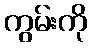
ကွမ်းကို